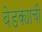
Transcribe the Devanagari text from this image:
बेडक्याची